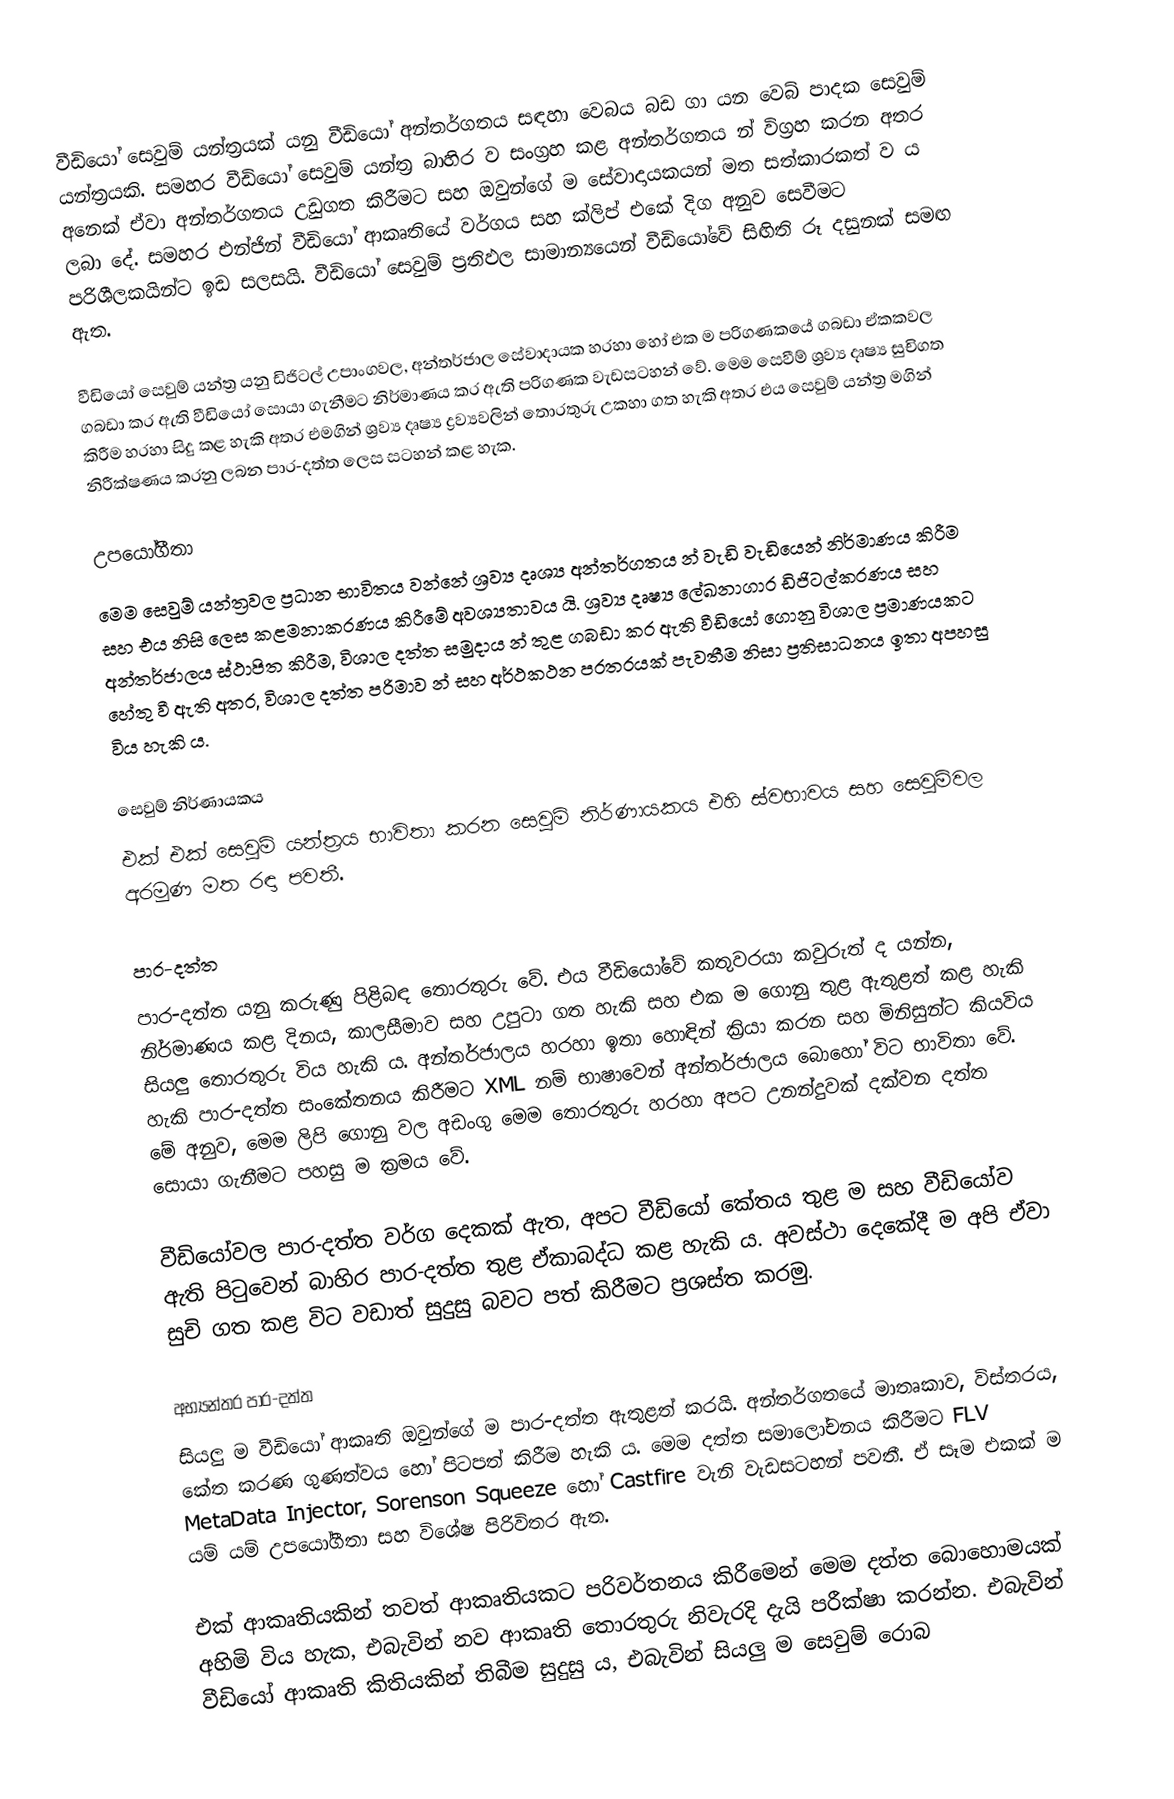
වීඩියෝ සෙවුම් යන්ත්‍රයක් යනු වීඩියෝ අන්තර්ගතය සඳහා වෙබය බඩ ගා යන වෙබ් පාදක සෙවුම් යන්ත්‍රයකි. සමහර වීඩියෝ සෙවුම් යන්ත්‍ර බාහිර ව සංග්‍රහ කළ අන්තර්ගතය න් විග්‍රහ කරන අතර අනෙක් ඒවා අන්තර්ගතය උඩුගත කිරීමට සහ ඔවුන්ගේ ම සේවාදායකයන් මත සත්කාරකත් ව ය ලබා දේ. සමහර එන්ජින් වීඩියෝ ආකෘතියේ වර්ගය සහ ක්ලිප් එකේ දිග අනුව සෙවීමට පරිශීලකයින්ට ඉඩ සලසයි. වීඩියෝ සෙවුම් ප්‍රතිඵල සාමාන්‍යයෙන් වීඩියෝවේ සිඟිති රූ දසුනක් සමඟ ඇත.

වීඩියෝ සෙවුම් යන්ත්‍ර යනු ඩිජිටල් උපාංගවල, අන්තර්ජාල සේවාදායක හරහා හෝ එක ම පරිගණකයේ ගබඩා ඒකකවල ගබඩා කර ඇති වීඩියෝ සොයා ගැනීමට නිර්මාණය කර ඇති පරිගණක වැඩසටහන් වේ. මෙම සෙවීම් ශ්‍රව්‍ය දෘෂ්‍ය සුචිගත කිරීම හරහා සිදු කළ හැකි අතර එමගින් ශ්‍රව්‍ය දෘෂ්‍ය ද්‍රව්‍යවලින් තොරතුරු උකහා ගත හැකි අතර එය සෙවුම් යන්ත්‍ර මගින් නිරීක්ෂණය කරනු ලබන පාර-දත්ත ලෙස සටහන් කළ හැක.

උපයෝගීතා
මෙම සෙවුම් යන්ත්‍රවල ප්‍රධාන භාවිතය වන්නේ ශ්‍රව්‍ය දෘශ්‍ය අන්තර්ගතය න් වැඩි වැඩියෙන් නිර්මාණය කිරීම සහ එය නිසි ලෙස කළමනාකරණය කිරීමේ අවශ්‍යතාවය යි. ශ්‍රව්‍ය දෘෂ්‍ය ලේඛනාගාර ඩිජිටල්කරණය සහ අන්තර්ජාලය ස්ථාපිත කිරීම, විශාල දත්ත සමුදාය න් තුළ ගබඩා කර ඇති වීඩියෝ ගොනු විශාල ප්‍රමාණයකට හේතු වී ඇති අතර, විශාල දත්ත පරිමාව න් සහ අර්ථකථන පරතරයක් පැවතීම නිසා ප්‍රතිසාධනය ඉතා අපහසු විය හැකි ය.

සෙවුම් නිර්ණායකය
එක් එක් සෙවුම් යන්ත්‍රය භාවිතා කරන සෙවුම් නිර්ණායකය එහි ස්වභාවය සහ සෙවුම්වල අරමුණ මත රඳා පවතී.

පාර-දත්ත
පාර-දත්ත යනු කරුණු පිළිබඳ තොරතුරු වේ. එය වීඩියෝවේ කතුවරයා කවුරුත් ද යන්න, නිර්මාණය කළ දිනය, කාලසීමාව සහ උපුටා ගත හැකි සහ එක ම ගොනු තුළ ඇතුළත් කළ හැකි සියලු තොරතුරු විය හැකි ය. අන්තර්ජාලය හරහා ඉතා හොඳින් ක්‍රියා කරන සහ මිනිසුන්ට කියවිය හැකි පාර-දත්ත සංකේතනය කිරීමට XML නම් භාෂාවෙන් අන්තර්ජාලය බොහෝ විට භාවිතා වේ. මේ අනුව, මෙම ලිපි ගොනු වල අඩංගු මෙම තොරතුරු හරහා අපට උනන්දුවක් දක්වන දත්ත සොයා ගැනීමට පහසු ම ක්‍රමය වේ.

වීඩියෝවල පාර-දත්ත වර්ග දෙකක් ඇත, අපට වීඩියෝ කේතය තුළ ම සහ වීඩියෝව ඇති පිටුවෙන් බාහිර පාර-දත්ත තුළ ඒකාබද්ධ කළ හැකි ය. අවස්ථා දෙකේදී ම අපි ඒවා සුචි ගත කළ විට වඩාත් සුදුසු බවට පත් කිරීමට ප්‍රශස්ත කරමු.

අභ්‍යන්තර පාර-දත්ත
සියලු ම වීඩියෝ ආකෘති ඔවුන්ගේ ම පාර-දත්ත ඇතුළත් කරයි. අන්තර්ගතයේ මාතෘකාව, විස්තරය, කේත කරණ ගුණත්වය හෝ පිටපත් කිරීම හැකි ය. මෙම දත්ත සමාලෝචනය කිරීමට FLV MetaData Injector, Sorenson Squeeze හෝ Castfire වැනි වැඩසටහන් පවතී. ඒ සෑම එකක් ම යම් යම් උපයෝගීතා සහ විශේෂ පිරිවිතර ඇත.

එක් ආකෘතියකින් තවත් ආකෘතියකට පරිවර්තනය කිරීමෙන් මෙම දත්ත බොහොමයක් අහිමි විය හැක, එබැවින් නව ආකෘති තොරතුරු නිවැරදි දැයි පරීක්ෂා කරන්න. එබැවින් වීඩියෝ ආකෘති කිතියකින් තිබීම සුදුසු ය, එබැවින් සියලු ම සෙවුම් රොබ